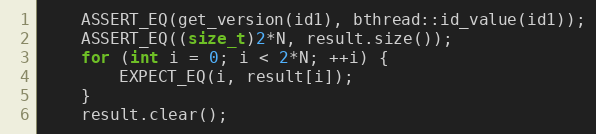
Language: C++
    ASSERT_EQ(get_version(id1), bthread::id_value(id1));
    ASSERT_EQ((size_t)2*N, result.size());
    for (int i = 0; i < 2*N; ++i) {
        EXPECT_EQ(i, result[i]);
    }
    result.clear();